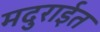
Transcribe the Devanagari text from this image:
मदुराईत